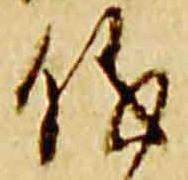
儀